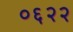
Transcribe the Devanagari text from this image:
०६२२